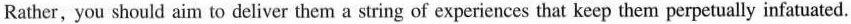
Rather, you should aim to deliver them a string of experiences that keep them perpetually infatuated.